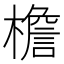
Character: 檐